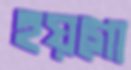
হয়গো